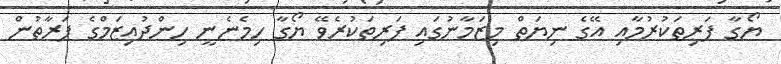
ޔޯގާ ފަރިތަކުރުމާއި އޭގެ ނިޔަތް މިޒަމާނުގައި ފަރިތަކުރެވޭ ޔޯގާ ހިމެނެނީ ހިންދުއިޒަމްގެ ފަރާތުން